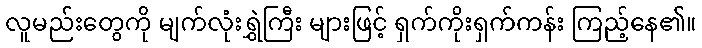
လူမည်းတွေကို မျက်လုံးရွှဲကြီး များဖြင့် ရှက်ကိုးရှက်ကန်း ကြည့်နေ၏။